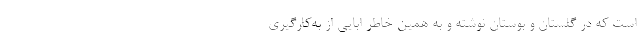
است که در گلستان و بوستان نوشته و به همین خاطر ابایی از به‌کارگیری